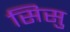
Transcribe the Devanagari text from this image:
सिसु